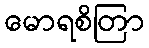
မောရစိတြာ